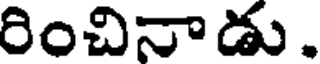
రించినాడు.